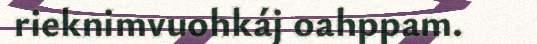
rieknimvuohkáj oahppam.